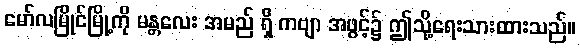
မော်လမြိုင်မြို့ကို မန္တလေး အမည် ရှိ ကဗျာ အဖွင့်၌ ဤသို့ရေးသားထားသည်။